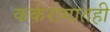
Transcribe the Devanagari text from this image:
कर्करोगातही